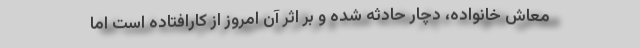
معاش خانواده، دچار حادثه شده و بر اثر آن امروز از کارافتاده است اما